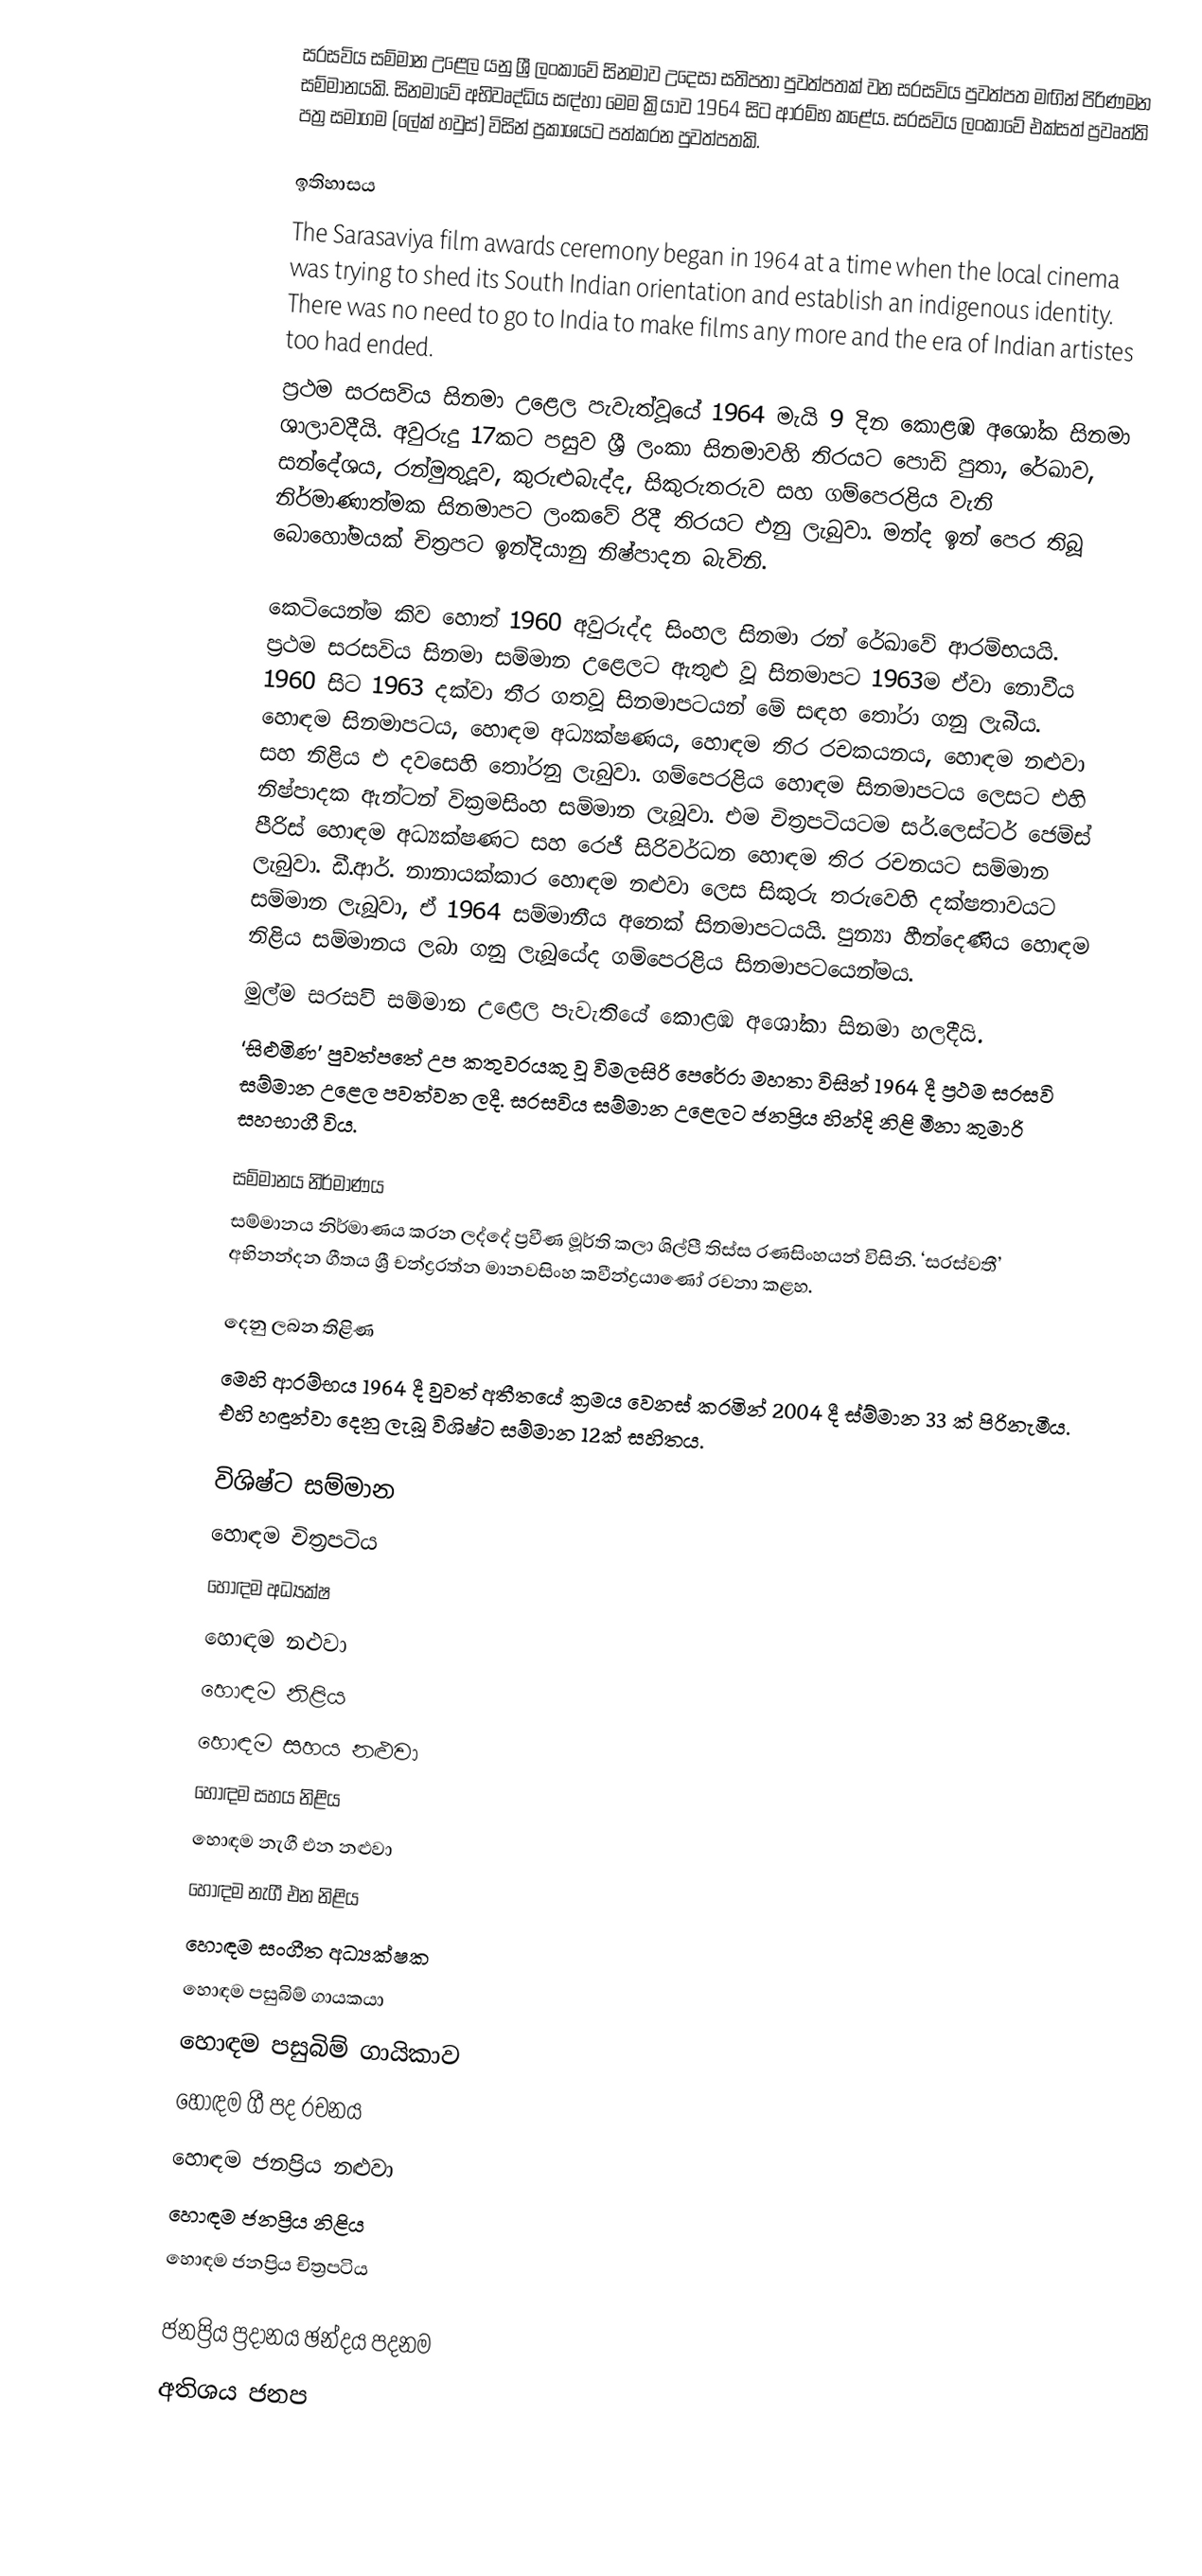
සරසවිය සම්මාන උළෙල යනු ශ්‍රී ලංකාවේ සිනමාව උදෙසා සතිපතා පුවත්පතක් වන සරසවිය පුවත්පත මඟින් පිරිණමන සම්මානයකි. සිනමාවේ අභිවෘද්ධිය සඳ්හා මෙම ක්‍රියාව 1964 සිට ආරම්භ කළේය. සරසවිය ලංකාවේ එක්සත් ප්‍රවෘත්ති පත්‍ර සමාගම (ලේක් හවුස්)  විසින් ප්‍රකාශයට පත්කරන පුවත්පතකි.

ඉතිහාසය
The Sarasaviya film awards ceremony began in 1964 at a time when the local cinema was trying to shed its South Indian orientation and establish an indigenous identity. There was no need to go to India to make films any more and the era of Indian artistes too had ended.
ප්‍රථම සරසවිය සිනමා උළෙල පැවැත්වූයේ 1964 මැයි 9 දින කොළඹ අශෝක සිනමා ශාලාවදීයි. අවුරුදු 17කට පසුව ශ්‍රී ලංකා සිනමාවහි තිරයට පොඩි පුතා, රේඛාව, සන්දේශය, රන්මුතුදූව, කුරුළුබැද්ද, සිකුරුතරුව සහ ගම්පෙරළිය වැනි නිර්මාණාත්මක සිනමාපට ලංකවේ රිදී තිරයට එනු ලැබුවා. මන්ද ඉන් පෙර තිබූ බොහෝමයක් චිත්‍රපට ඉන්දියානු නිෂ්පාදන බැවිනි.

කෙටියෙන්ම කිව හොත් 1960 අවුරුද්ද සිංහල සිනමා රන් රේඛාවේ ආරම්භයයි. ප්‍රථම සරසවිය සිනමා සම්මාන උළෙලට ඇතුළු වූ සිනමාපට 1963ම ඒවා නොවීය 1960 සිට 1963 දක්වා තීර ගතවූ සිනමාපටයන් මේ සඳහ තෝරා ගනු ලැබීය. හොඳම සිනමාපටය, හොඳම අධ්‍යක්ෂණය, හොඳම තිර රචකයනය, හොඳම නළුවා සහ නිළිය එ දවසෙහි තෝරනු ලැබුවා. ගම්පෙරළිය හොඳම සිනමාපටය ලෙසට එහි නිෂ්පාදක ඇන්ටන් වික්‍රමසිංහ සම්මාන ලැබූවා. එම චිත්‍රපටියටම සර්.ලෙස්ටර් ජෙම්ස් පීරිස් හොඳම අධ්‍යක්ෂණට සහ රෙජී සිරිවර්ධන හොඳම තිර රචනයට සම්මාන ලැබුවා. ඩී.ආර්. නානායක්කාර හොඳම නළුවා ලෙස සිකුරු තරුවෙහි දක්ෂතාවයට සම්මාන ලැබූවා, ඒ 1964 සම්මානීය අනෙක් සිනමාපටයයි. පුන්‍යා හීන්දෙණිය හොඳම නිළිය සම්මානය ලබා ගනු ලැබූයේද ගම්පෙරළිය සිනමාපටයෙන්මය.
මුල්ම සරසවි සම්මාන උළෙල පැවැතියේ කොළඹ අශෝකා සිනමා හලදීයි.
‘සිළුමිණ’ පුවත්පතේ උප කතුවරයකු වූ විමලසිරි පෙරේරා මහතා විසින් 1964 දී ප්‍රථම සරසවි සම්මාන උළෙල පවත්වන ලදී. සරසවිය සම්මාන උළෙලට ජනප්‍රිය හින්දි නිළි මීනා කුමාරි සහභාගී විය.

සම්මානය නිර්මාණය
සම්මානය නිර්මාණය කරන ලද්දේ ප්‍රවීණ මූර්ති කලා ශිල්පී තිස්ස රණසිංහයන් විසිනි. ‘සරස්වතී’ අභිනන්දන ගීතය ශ්‍රී චන්ද්‍රරත්න මානවසිංහ කවීන්ද්‍රයාණෝ රචනා කළහ.

දෙනු ලබන තිළිණ
මෙහි ආරම්භය 1964 දී වුවත් අතීතයේ ක්‍රමය වෙනස් කරමින් 2004 දී ස්ම්මාන 33 ක් පිරිනැමීය. එහි හඳුන්වා දෙනු ලැබූ විශිෂ්ට සම්මාන 12ක් සහිතය.

විශිෂ්ට සම්මාන
 හොඳම චිත්‍රපටිය
 හොඳම අධ්‍යක්ෂ
 හොඳම නළුවා
 හොඳම නිළිය
 හොඳම සහය නළුවා
 හොඳම සහය නිළිය
 හොඳම නැගී එන නළුවා
 හොඳම නැගී එන නිළිය
 හොඳම සංගීත අධ්‍යක්ෂක
 හොඳම පසුබිම් ගායකයා
 හොඳම පසුබිම් ගායිකාව
 හොඳම ගී පද රචනය
 හොඳම ජනප්‍රිය නළුවා
 හොඳම ජනප්‍රිය නිළිය
 හොඳම ජනප්‍රිය චිත්‍රපටිය

ජනප්‍රිය ප්‍රදානය ඡන්දය පදනම
 අතිශය ජනප